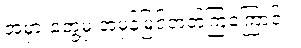
အမှားတွေ့မှ အမှန်မြင်တတ်ကြကြောင်း။